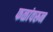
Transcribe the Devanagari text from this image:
फळांवरून